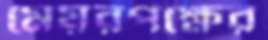
মেয়রপক্ষের